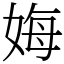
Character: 娒